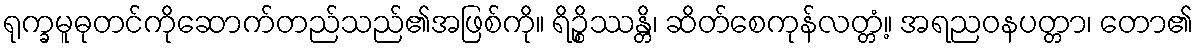
ရုက္ခမူဓုတင်ကိုဆောက်တည်သည်၏အဖြစ်ကို။ ရိဉ္စိဿန္တိ၊ ဆိတ်စေကုန်လတ္တံ့။ အရညဝနပတ္တာ၊ တော၏